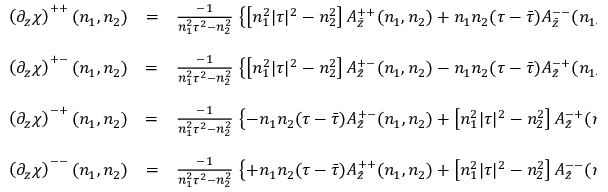
\begin{array} { r c l } { { \left( \partial _ { z } \chi \right) ^ { + + } ( n _ { 1 } , n _ { 2 } ) } } & { { = } } & { { \frac { - 1 } { n _ { 1 } ^ { 2 } \tau ^ { 2 } - n _ { 2 } ^ { 2 } } \, \left\{ \left[ n _ { 1 } ^ { 2 } | \tau | ^ { 2 } - n _ { 2 } ^ { 2 } \right] A _ { \bar { z } } ^ { + + } ( n _ { 1 } , n _ { 2 } ) + n _ { 1 } n _ { 2 } ( \tau - \bar { \tau } ) A _ { \bar { z } } ^ { -- } ( n _ { 1 } , n _ { 2 } ) \right\} \ \ \ , } } \\ { { } } & { { } } & { { } } \\ { { \left( \partial _ { z } \chi \right) ^ { + - } ( n _ { 1 } , n _ { 2 } ) } } & { { = } } & { { \frac { - 1 } { n _ { 1 } ^ { 2 } \tau ^ { 2 } - n _ { 2 } ^ { 2 } } \, \left\{ \left[ n _ { 1 } ^ { 2 } | \tau | ^ { 2 } - n _ { 2 } ^ { 2 } \right] A _ { \bar { z } } ^ { + - } ( n _ { 1 } , n _ { 2 } ) - n _ { 1 } n _ { 2 } ( \tau - \bar { \tau } ) A _ { \bar { z } } ^ { - + } ( n _ { 1 } , n _ { 2 } ) \right\} \ \ \ , } } \\ { { } } & { { } } & { { } } \\ { { \left( \partial _ { z } \chi \right) ^ { - + } ( n _ { 1 } , n _ { 2 } ) } } & { { = } } & { { \frac { - 1 } { n _ { 1 } ^ { 2 } \tau ^ { 2 } - n _ { 2 } ^ { 2 } } \, \left\{ - n _ { 1 } n _ { 2 } ( \tau - \bar { \tau } ) A _ { \bar { z } } ^ { + - } ( n _ { 1 } , n _ { 2 } ) + \left[ n _ { 1 } ^ { 2 } | \tau | ^ { 2 } - n _ { 2 } ^ { 2 } \right] A _ { \bar { z } } ^ { - + } ( n _ { 1 } , n _ { 2 } ) \right\} \ \ \ , } } \\ { { } } & { { } } & { { } } \\ { { \left( \partial _ { z } \chi \right) ^ { -- } ( n _ { 1 } , n _ { 2 } ) } } & { { = } } & { { \frac { - 1 } { n _ { 1 } ^ { 2 } \tau ^ { 2 } - n _ { 2 } ^ { 2 } } \, \left\{ + n _ { 1 } n _ { 2 } ( \tau - \bar { \tau } ) A _ { \bar { z } } ^ { + + } ( n _ { 1 } , n _ { 2 } ) + \left[ n _ { 1 } ^ { 2 } | \tau | ^ { 2 } - n _ { 2 } ^ { 2 } \right] A _ { \bar { z } } ^ { -- } ( n _ { 1 } , n _ { 2 } ) \right\} \ \ \ . } } \end{array}